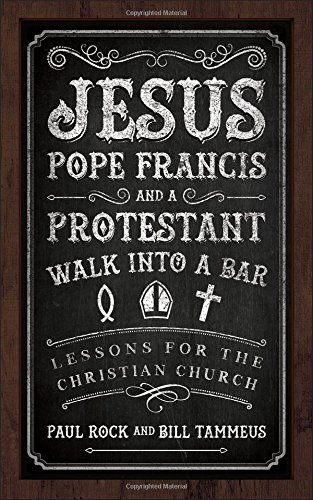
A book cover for Jesus, Pope Francis, and a Protestant Walk into a Bar: Lessons for the Christian Church; Paul Rock; Christian Books & Bibles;